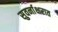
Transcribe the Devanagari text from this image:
सुवर्नाक्षरात